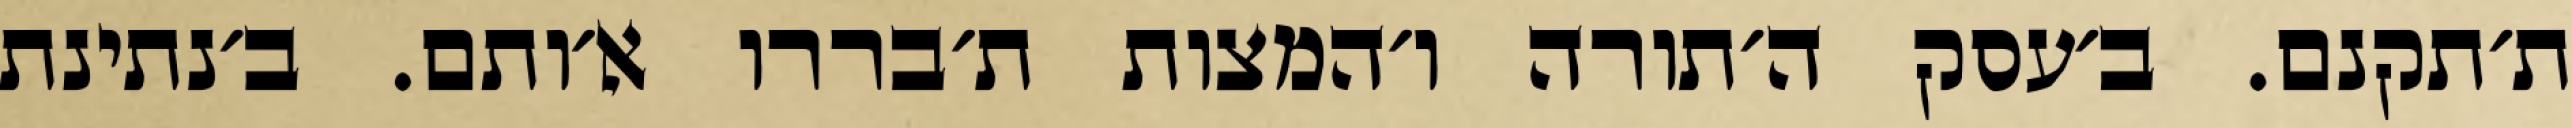
ת׳תקנם. ב׳עסק ה׳תורה ו׳המצות ת׳בררו א׳ותם. ב׳נתינת